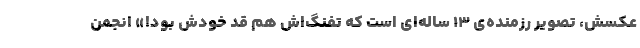
عکسش، تصویر رزمنده‌ی ۱۳ ساله‌ای است که تفنگ‌اش هم قد خودش بود!» انجمن